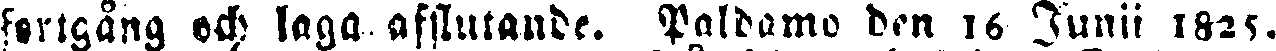
fortgång och laga afslutande. Paldamo den 16 Junii 1825.